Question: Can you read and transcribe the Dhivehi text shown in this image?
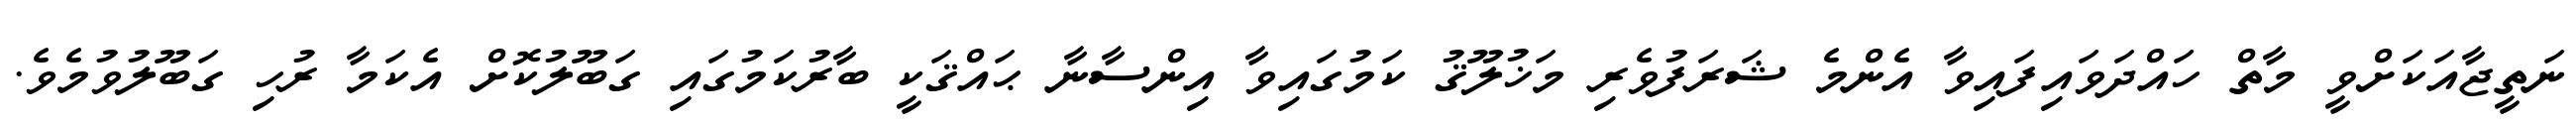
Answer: ނަތީޖާއަކަށްވީ މާތް ހައްދަވައިފައިވާ އެންމެ ޝަރަފުވެރި މަޚުލޫޤު ކަމުގައިވާ އިންސާނާ ޙައްޤަކީ ބާރުކަމުގައި ގަބޫލުކޮށް އެކަމާ ރުހި ގަބޫލުވުމެވެ.